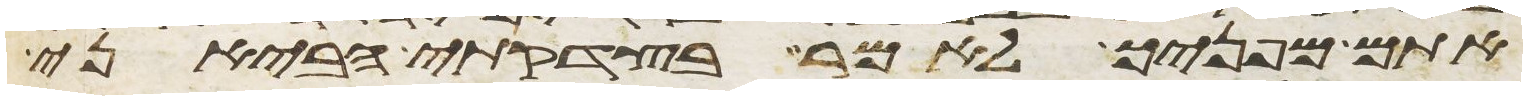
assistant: אתם מפניך לאמר בצדקתי הביאני